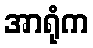
အာရုံက